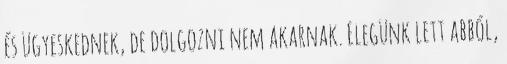
és ügyeskednek, de dolgozni nem akarnak. Elegünk lett abból,